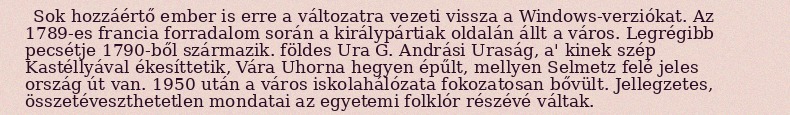
Sok hozzáértő ember is erre a változatra vezeti vissza a Windows-verziókat. Az 1789-es francia forradalom során a királypártiak oldalán állt a város. Legrégibb pecsétje 1790-ből származik. földes Ura G. Andrási Uraság, a' kinek szép Kastéllyával ékesíttetik, Vára Uhorna hegyen épűlt, mellyen Selmetz felé jeles ország út van. 1950 után a város iskolahálózata fokozatosan bővült. Jellegzetes, összetéveszthetetlen mondatai az egyetemi folklór részévé váltak.